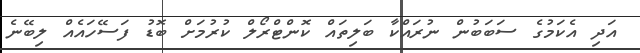
އަދި އެކަމުގެ ސަބަބުން ނުރައްކާ ބަލިތައް ކޮންޓްރޯލް ކުރުމަށް ބޮޑު ފަސޭހައެއް ލިބޭނެ